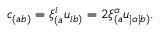
c _ { ( a b ) } = \xi _ { ( a } ^ { i } u _ { i b ) } = 2 \xi _ { ( a } ^ { \alpha } u _ { | \alpha | b ) } .